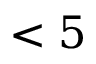
< 5